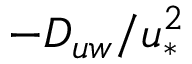
- D _ { u w } / u _ { * } ^ { 2 }